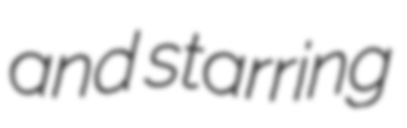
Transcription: and starring